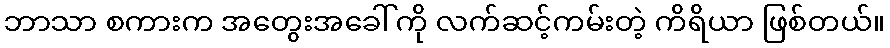
ဘာသာ စကားက အတွေးအခေါ်ကို လက်ဆင့်ကမ်းတဲ့ ကိရိယာ ဖြစ်တယ်။